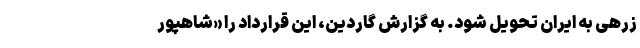
زرهی به ایران تحویل شود. به گزارش گاردین، این قرارداد را «شاهپور